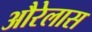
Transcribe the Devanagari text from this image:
औरेलास